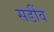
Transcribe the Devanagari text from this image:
सडींव